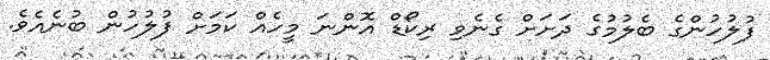
ފުލުހުންގެ ބެލުމުގެ ދަށަށް ގެނެވި ރިކޯޑް އޮންނަ މީހެއް ކަމަށް ފުލުހުން ބުނެއެވެ.